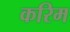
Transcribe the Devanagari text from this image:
करिम